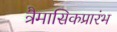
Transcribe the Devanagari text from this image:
त्रैमासिकप्रारंभ